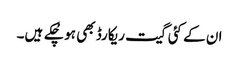
ان کے کئی گیت ریکارڈ بھی ہو چُکے ہیں۔